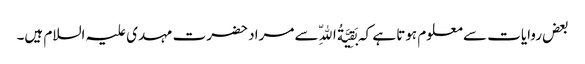
بعض روایات سے معلوم ہوتا ہے کہ بَقِیَّةُ اللّهِ سے مراد حضرت مہدی علیہ السلام ہیں۔